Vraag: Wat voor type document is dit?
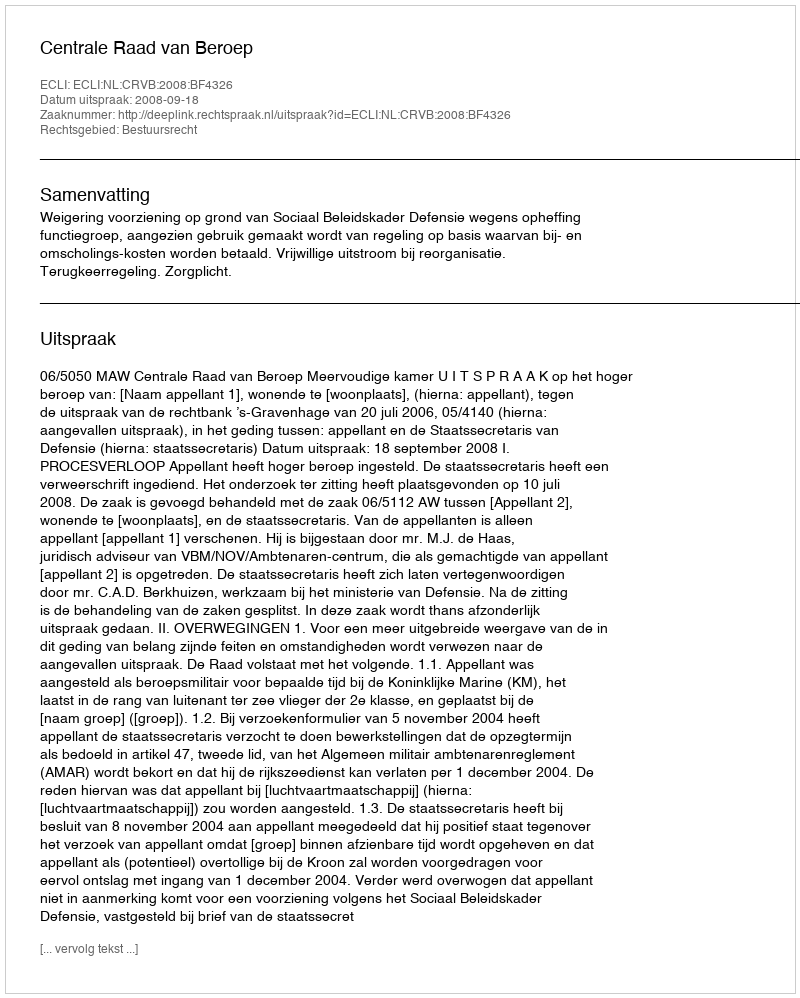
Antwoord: Uitspraak